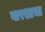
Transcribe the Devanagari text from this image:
वारशाचा